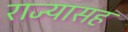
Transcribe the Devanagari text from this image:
राज्यासह